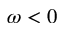
\omega < 0